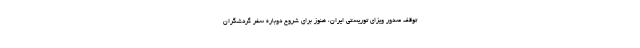
توقف صدور ویزای توریستی ایران، هنوز برای شروع دوباره سفر گردشگران